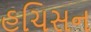
હચિસન